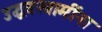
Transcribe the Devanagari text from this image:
उद्धवस्वामींना